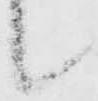
候